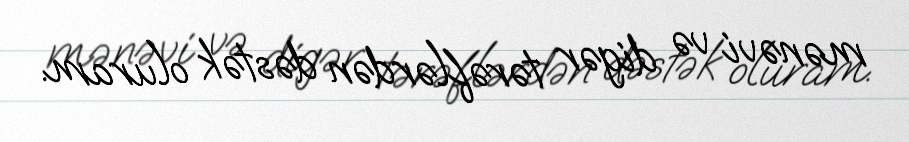
mənəvi və digər tərəflərdən dəstək oluram.